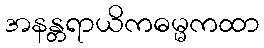
အနန္တရာယိကဓမ္မကထာ